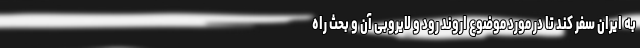
به ایران سفر کند تا در مورد موضوع اروند رود و لایروبی آن و بحث راه